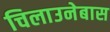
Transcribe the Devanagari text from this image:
चिलाउनेबास